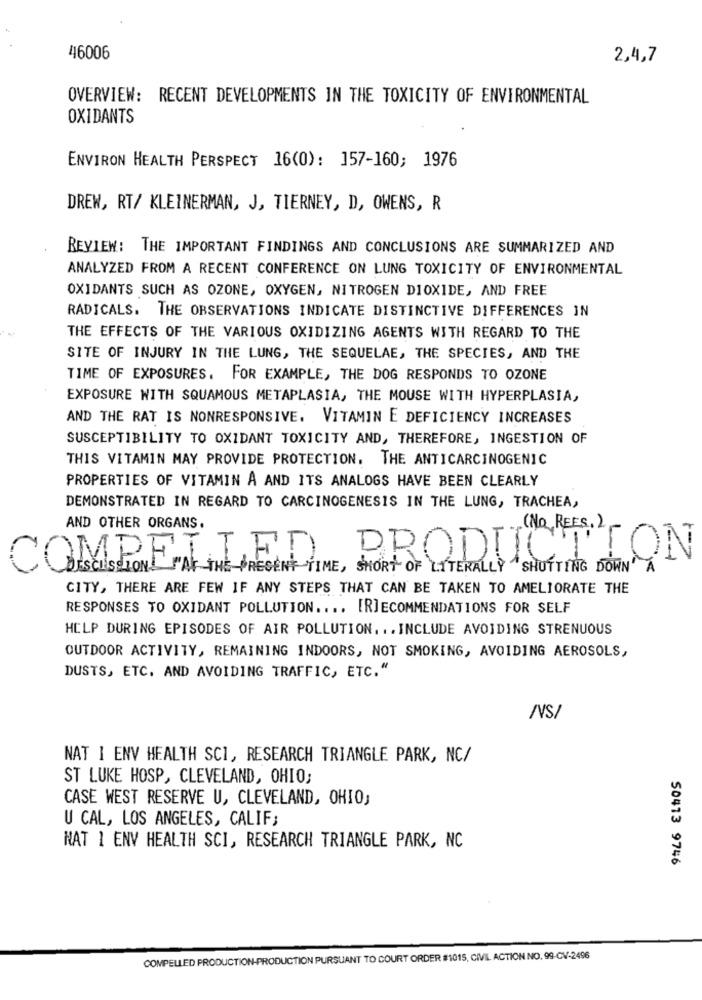
46006
2,4,7
OVERVIEW: RECENT DEVELOPMENTS IN THE TOXICITY OF ENVIRONMENTAL
OXIDANTS
ENVIRON HEALTH PERSPECT 16(0): 157-160; 1976
DREW, RT/ KLEINERMAN, J, TIERNEY, D, OWENS, R
REVIEW: THE IMPORTANT FINDINGS AND CONCLUSIONS ARE SUMMARIZED AND
ANALYZED FROM A RECENT CONFERENCE ON LUNG TOXICITY OF ENVIRONMENTAL
OXIDANTS SUCH AS OZONE, OXYGEN, NITROGEN DIOXIDE, AND FREE
RADICALS. THE OBSERVATIONS INDICATE DISTINCTIVE DIFFERENCES IN
THE EFFECTS OF THE VARIOUS OXIDIZING AGENTS WITH REGARD TO THE
SITE OF INJURY IN THE LUNG, THE SEQUELAE, THE SPECIES, AND THE
TIME OF EXPOSURES. FOR EXAMPLE, THE DOG RESPONDS TO OZONE
EXPOSURE WITH SQUAMOUS METAPLASIA, THE MOUSE WITH HYPERPLASIA,
AND THE RAT IS NONRESPONSIVE. VITAMIN E DEFICIENCY INCREASES
SUSCEPTIBILITY TO OXIDANT TOXICITY AND, THEREFORE, INGESTION OF
THIS VITAMIN MAY PROVIDE PROTECTION. THE ANTICARCINOGENIC
PROPERTIES OF VITAMIN A AND ITS ANALOGS HAVE BEEN CLEARLY
DEMONSTRATED IN REGARD TO CARCINOGENESIS IN THE LUNG, TRACHEA,
AND OTHER ORGANS.
(NO, REES. 2
COMPELLED
PRODUCTION
DESCRIPTION"AT THE PRESENT TIME, SHORT OF LITERALLY SHUTTING DOWN A
CITY, THERE ARE FEW IF ANY STEPS THAT CAN BE TAKEN TO AMELIORATE THE
RESPONSES TO OXIDANT POLLUTION .... [RECOMMENDATIONS FOR SELF
HELP DURING EPISODES OF AIR POLLUTION ... INCLUDE AVOIDING STRENUOUS
OUTDOOR ACTIVITY, REMAINING INDOORS, NOT SMOKING, AVOIDING AEROSOLS,
DUSTS, ETC. AND AVOIDING TRAFFIC, ETC."
INS/
NAT I ENV HEALTH SCI, RESEARCH TRIANGLE PARK, NC/
ST LUKE HOSP, CLEVELAND, OHIO;
CASE WEST RESERVE U, CLEVELAND, OHIO,
U CAL, LOS ANGELES, CALIF;
NAT 1 ENV HEALTH SCI, RESEARCH TRIANGLE PARK, NC
50473 9746
COMPELLED PRODUCTION-PRODUCTION PURSUANT TO COURT ORDER #1015, CIVIL ACTION NO. 99-CV-2496